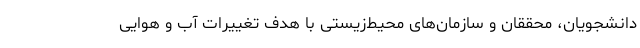
دانشجویان، محققان و سازمان‌‌های محیط‌زیستی با هدف تغییرات آب و هوایی